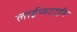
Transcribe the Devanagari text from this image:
लाईफटाईम